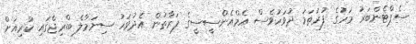
ސެޕްޓެންބަރު މަހުގެ ފުރަތަމަ ދުވަހުވެސް އެމްއެންސީސީގެ ފަރާތުން އެދުވަހު ސިނަމާލެ ބްރިޖްގައި ކުރިއަށް